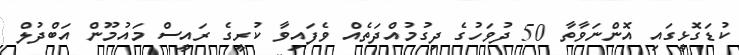
ކުޑަގޮޅީގައި އޮންނަވާތާ 50 ދުވަހުގެ ދިގުމުއްދަތެއް ވެފައިވާ ކުރީގެ ރައީސް މައުމޫން އަބްދުލް